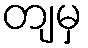
တျမှ